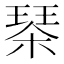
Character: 𣗜